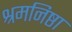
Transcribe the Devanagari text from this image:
श्रमनिष्ठा